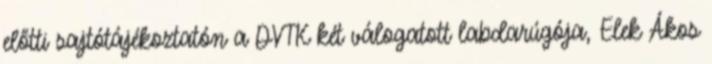
előtti sajtótájékoztatón a DVTK két válogatott labdarúgója, Elek Ákos